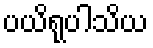
ပယိရုပါသိယ